Civil Veterinary Department. United Provinces 1912-22 - 1912-1922
Year: 1912
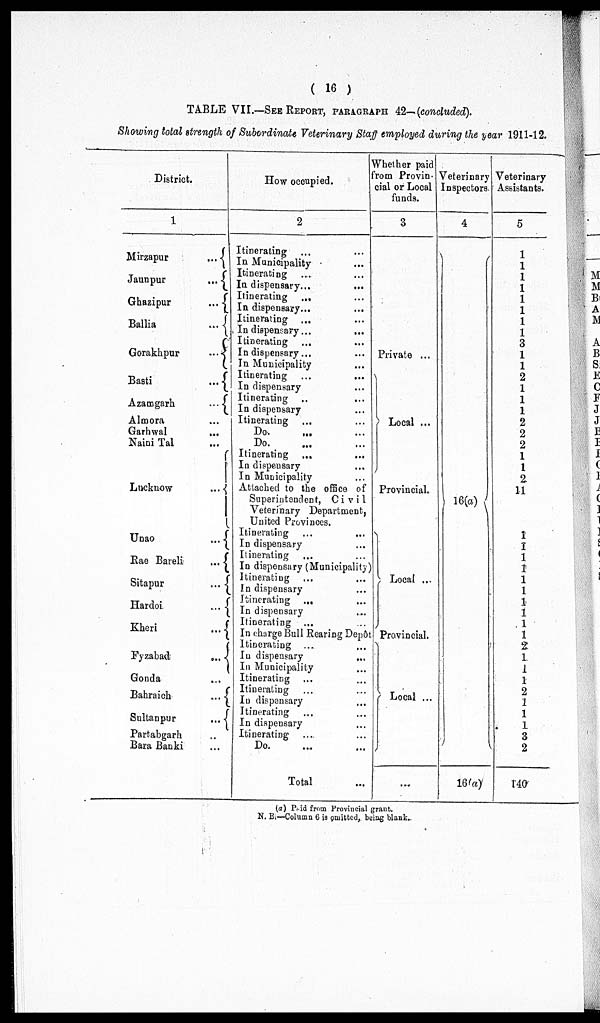
(16)
TABLE VII.—SEE REPORT, PARAGRAPH 42-(concluded).
Showing total strength of Subordinate Veterinary Staff employed during the year 1911-12.
District.
1
Mirzapur...
Jaunpur...
Ghazipur...
Ballia...
Gorakhpur...
Basti...
Azamgarh...
Almora...
Garhwal...
Naini Tal...
Lucknow...
Uoao...
Rae
Bareli...
Sitapur...
Hardoi...
Kheri...
Fyzabad...
Gonda
Bahraich...
Sultanpur...
Partabgarh
Bara Banki...
How occupied.
2
Itinerating ... ...
In Municipality ... ...
Itinerating ... ...
In dispensary... ...
Itinerating
... ...
In dispensary... ...
Itinerating
... ...
In dispensary... ...
Itinerating ... ...
In dispensary... ...
In Municipality ...
Itinerating
...
...
In dispensary ... ...
Itinerating ... ...
In dispensary ...
Itinerating ... ...
Do.
...
...
Do. ... ...
Itinerating
... ...
In dispensary ...
In Municipality ...
Attached to the office of
Superintendent,
Civil
Veterinary Department,
United Provinces.
Itinerating ... ...
In dispensary ...
Itinerating ... ...
In dispensary (Municipality)
Itinerating ... ...
In dispensary ...
Itinerating
... ...
In dispensary ...
Itinerating ... ...
In charge Bull Rearing Depôt
Itinerating ... ...
In dispensary
...
In Municipality ...
Itinerating ... ...
Itinerating ... ...
In dispensary ...
Itinerating ... ...
In dispensary ...
Itinerating ... ...
Do. ... ...
Total ...
Whether paid
From Provin-
cial or Local
funds.
3
Private ...
\
Local ...
Provincial.
Local ...
Provincial.
Local ...
...
Veterinary
Inspectors.
4
16(a)
16(a)
Veterinary
Assistants.
5
1
1
1
1
1
1
1
1
3
1
1
2
1
1
1
2
2
2
1
1
2
11
1
1
1
1
1
1
1
1
1
1
2
1
1
1
2
1
1
1
3
2
140
(a) Paid from Provincial grant.
N. B.—Column 6 is omitted, being blank.